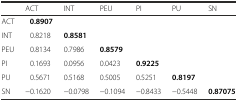
|  | ACT | INT | PEU | PI | PU | SN |
 | --- | --- | --- | --- | --- | --- | --- |
 | ACT | 0.8907 |  |  |  |  |  |
 | INT | 0.8218 | 0.8581 |  |  |  |  |
 | PEU | 0.8134 | 0.7986 | 0.8579 |  |  |  |
 | PI | 0.1693 | 0.0956 | 0.0423 | 0.9225 |  |  |
 | PU | 0.5671 | 0.5168 | 0.5005 | 0.5251 | 0.8197 |  |
 | SN | −0.1620 | −0.0798 | −0.1094 | −0.8433 | −0.5448 | 0.87075 |